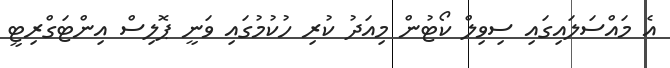
އެ މައްސަލައިގައި ސިވިލް ކޯޓުން މިއަދު ކުރި ހުކުމުގައި ވަނީ ޕޮލިސް އިންޓަގްރިޓީ